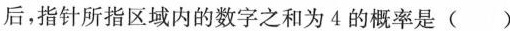
后，指针所指区域内的数字之和为4的概率是()